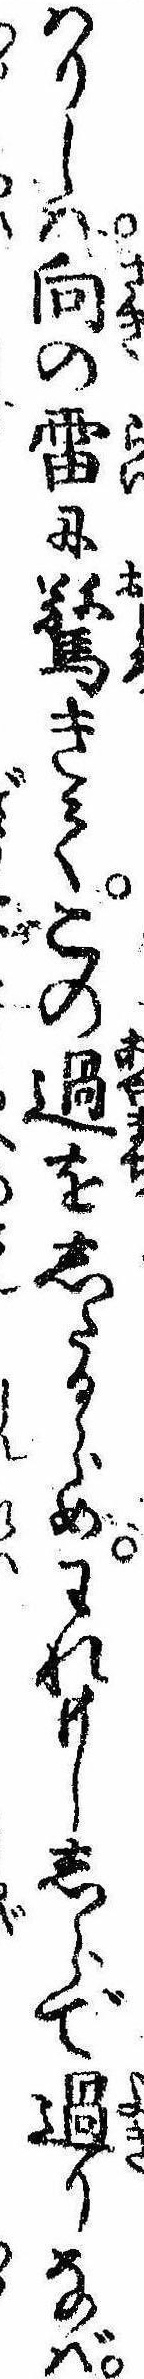
はりしは向の雷に驚きてこの過をしたるらめわれもししらで過りなば